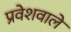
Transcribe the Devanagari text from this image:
प्रवेशवाले